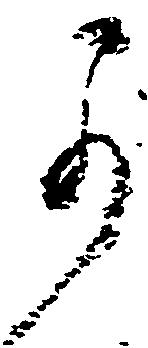
可